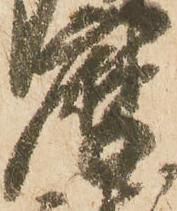
摩